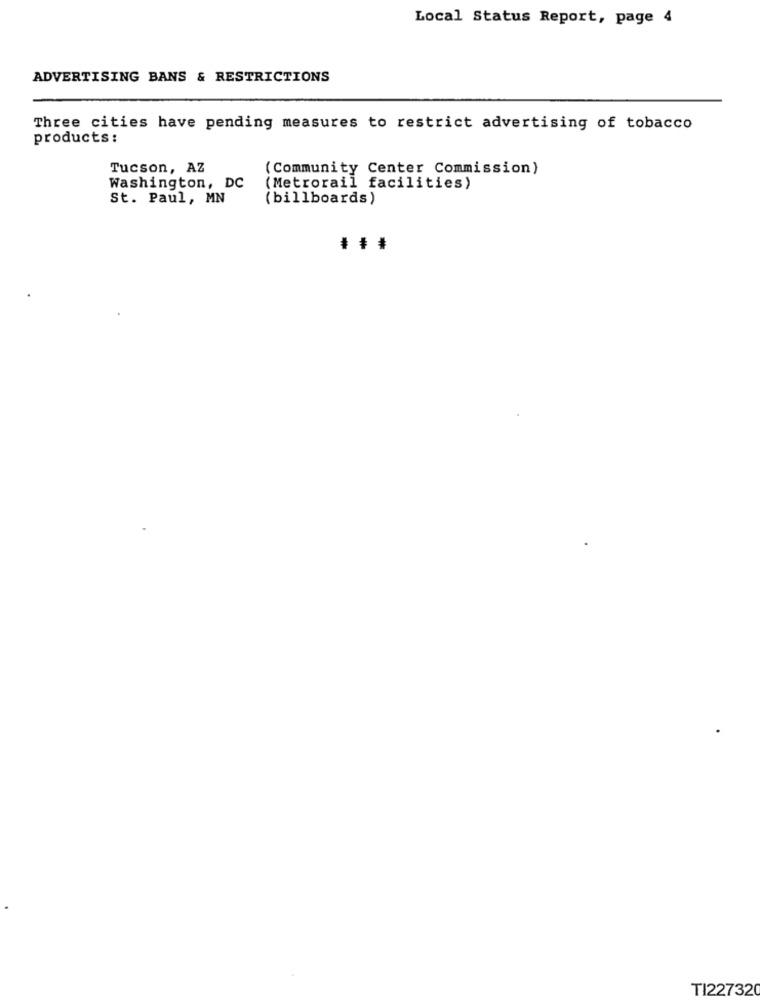
Local Status Report, page 4
ADVERTISING BANS & RESTRICTIONS
Three cities have pending measures to restrict advertising of tobacco
products:
Tucson, AZ
(Community Center Commission)
Washington, DC
(Metrorail facilities)
St. Paul, MN
( billboards)
TI227320